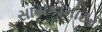
સાયકોમોટર